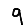
Digit: 9